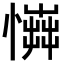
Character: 𢢟